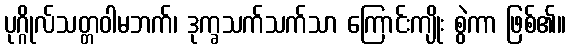
ပုဂ္ဂိုလ်သတ္တဝါမဘက်၊ ဒုက္ခသက်သက်သာ ကြောင်းကျိုး စွဲကာ ဖြစ်၏။